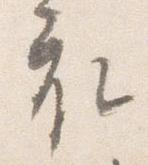
衣